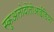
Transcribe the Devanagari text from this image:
स्कुअलोदोंतोआईडिया